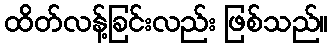
ထိတ်လန့်ခြင်းလည်း ဖြစ်သည်။